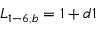
{ L _ { 1 - 6 , b } } = 1 + d 1